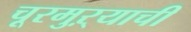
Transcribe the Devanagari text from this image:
चूरमुऱ्याची